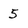
Character: 5